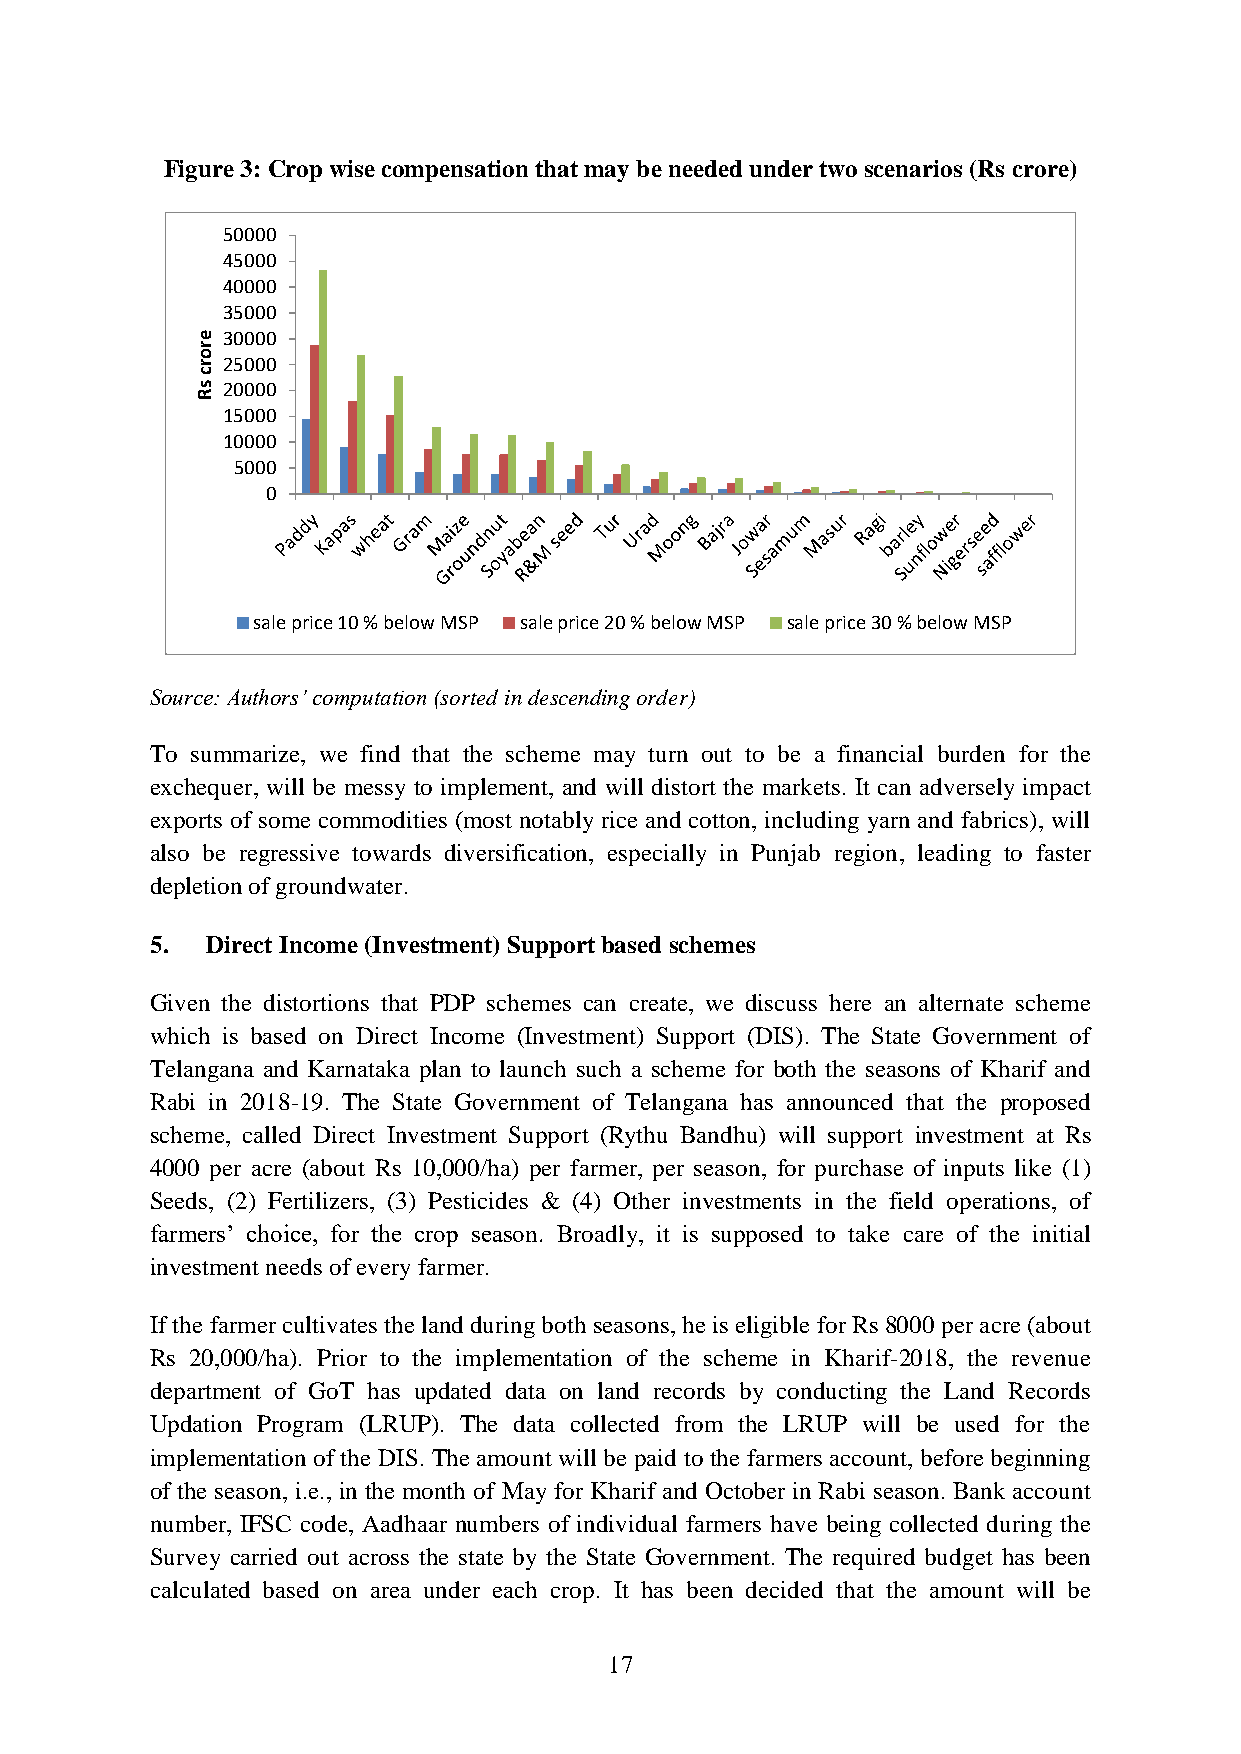
Figure 3: Crop wise compensation that may be needed under two scenarios (Rs crore)
 50000
 45000
 40000
 35000
 e 30000
 r
 o
 r 25000
 c
 s 20000
 R
 15000
 10000
 5000
 0
 sale price 10 % below MSP sale price 20 % below MSP sale price 30 % below MSP
 Source: Authors’ computation (sorted in descending order)
 To summarize, we find that the scheme may turn out to be a financial burden for the
 exchequer, will be messy to implement, and will distort the markets. It can adversely impact
 exports of some commodities (most notably rice and cotton, including yarn and fabrics), will
 also be regressive towards diversification, especially in Punjab region, leading to faster
 depletion of groundwater.
 5.  Direct Income (Investment) Support based schemes
 Given the distortions that PDP schemes can create, we discuss here an alternate scheme
 which is based on Direct Income (Investment) Support (DIS). The State Government of
 Telangana and Karnataka plan to launch such a scheme for both the seasons of Kharif and
 Rabi in 2018-19. The State Government of Telangana has announced that the proposed
 scheme, called Direct Investment Support (Rythu Bandhu) will support investment at Rs
 4000 per acre (about Rs 10,000/ha) per farmer, per season, for purchase of inputs like (1)
 Seeds, (2) Fertilizers, (3) Pesticides & (4) Other investments in the field operations, of
 farmers’ choice, for the crop season. Broadly, it is supposed to take care of the initial
 investment needs of every farmer.
 If the farmer cultivates the land during both seasons, he is eligible for Rs 8000 per acre (about
 Rs 20,000/ha). Prior to the implementation of the scheme in Kharif-2018, the revenue
 department of GoT has updated data on land records by conducting the Land Records
 Updation Program (LRUP). The data collected from the LRUP will be used for the
 implementation of the DIS. The amount will be paid to the farmers account, before beginning
 of the season, i.e., in the month of May for Kharif and October in Rabi season. Bank account
 number, IFSC code, Aadhaar numbers of individual farmers have being collected during the
 Survey carried out across the state by the State Government. The required budget has been
 calculated based on area under each crop. It has been decided that the amount will be
 17